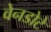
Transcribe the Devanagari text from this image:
वेनडोटे